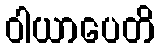
ဝါယာပေတိ